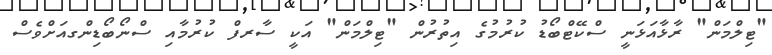
"ޓިލްމަން" ރާޅާއަޅަނީ ސްކޭޓްބޯޑު ކުރުމުގެ އިތުރުން "ޓިލްމަން" އަކީ ސާރފް ކުރުމާއި ސްނޯބޯޑިންގއަށްވެސް